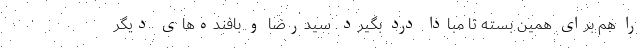
را هم برای همین بسته تا مبادا درد بگیرد. سیدرضا و بافنده‌های دیگر